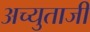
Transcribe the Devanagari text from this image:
अच्युताजी